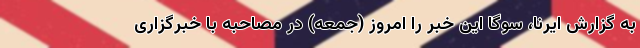
به گزارش ایرنا، سوگا این خبر را امروز (جمعه) در مصاحبه با خبرگزاری